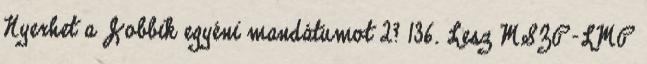
Nyerhet a Jobbik egyéni mandátumot 2? 136. Lesz MSZP-LMP